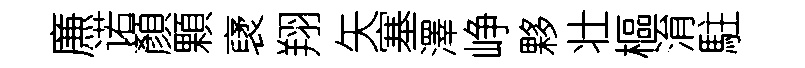
㢘诺顏顆裦翔矢塞澤峥夥壮樞㳙駐